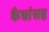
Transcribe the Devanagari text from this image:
कैद्यांसह